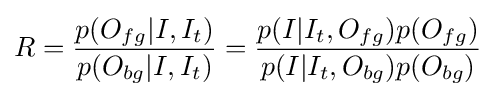
R={\frac {p(O_{fg}|I,I_{t})}{p(O_{bg}|I,I_{t})}}={\frac {p(I|I_{t},O_{fg})p(O_{fg})}{p(I|I_{t},O_{bg})p(O_{bg})}}